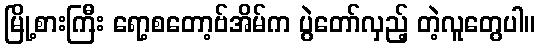
မြို့စားကြီး ရော့စတော့ဗ်အိမ်က ပွဲတော်လှည့် တဲ့လူတွေပါ။